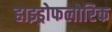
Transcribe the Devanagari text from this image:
हाइड्रोफलोरिक